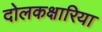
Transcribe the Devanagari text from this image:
दोलकक्षारिया